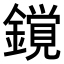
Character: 𨬥